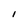
Character: l